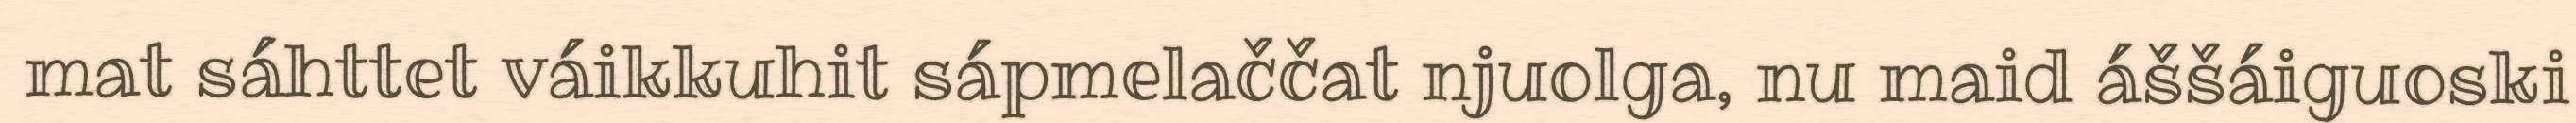
mat sáhttet váikkuhit sápmelaččat njuolga, nu maid áššáiguoski